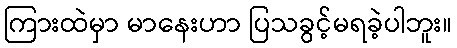
ကြားထဲမှာ မာနေးဟာ ပြသခွင့်မရခဲ့ပါဘူး။